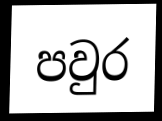
පවුර